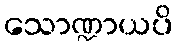
သောဏ္ဍာယပိ